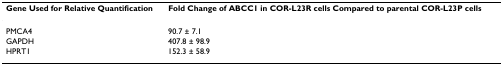
| Gene Used for Relative Quantification | Fold Change of ABCC1 in COR-L23R cells Compared to parental COR-L23P cells |
 | --- | --- |
 | PMCA4 | 90.7 ± 7.1 |
 | GAPDH | 407.8 ± 98.9 |
 | HPRT1 | 152.3 ± 58.9 |